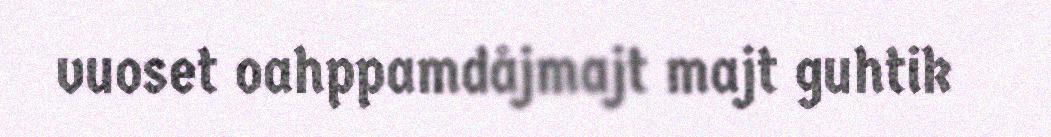
vuoset oahppamdåjmajt majt guhtik